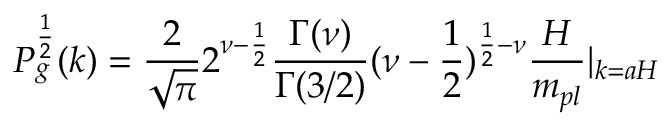
P _ { g } ^ { \frac { 1 } { 2 } } ( k ) = \frac { 2 } { \sqrt { \pi } } 2 ^ { \nu - \frac { 1 } { 2 } } \frac { \Gamma ( \nu ) } { \Gamma ( 3 / 2 ) } ( \nu - \frac { 1 } { 2 } ) ^ { \frac { 1 } { 2 } - \nu } \frac { H } { m _ { p l } } | _ { k = a H }